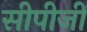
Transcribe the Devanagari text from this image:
सीपीजी